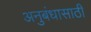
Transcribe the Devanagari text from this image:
अनुबंधासाठी